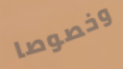
وخصوصا